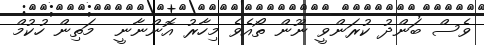
ވެސް ބަންދު ކުރަންވީ ނޫން ތޯއެވެ މިހާރު އޮންނާނީ  މަތިން ހުކުމް